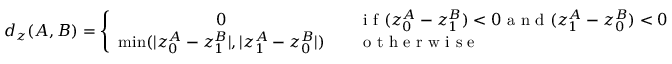
d _ { z } ( A , B ) = \left\{ \begin{array} { c l } { 0 } & { \quad \textrm { i f } ( z _ { 0 } ^ { A } - z _ { 1 } ^ { B } ) < 0 \textrm { a n d } ( z _ { 1 } ^ { A } - z _ { 0 } ^ { B } ) < 0 } \\ { \operatorname* { m i n } ( | z _ { 0 } ^ { A } - z _ { 1 } ^ { B } | , | z _ { 1 } ^ { A } - z _ { 0 } ^ { B } | ) } & { \quad \textrm { o t h e r w i s e } } \end{array} \right.